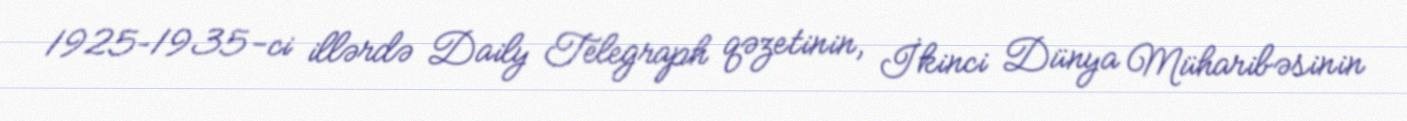
1925–1935-ci illərdə Daily Telegraph qəzetinin, İkinci Dünya Müharibəsinin